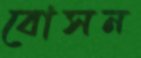
বোসন